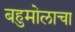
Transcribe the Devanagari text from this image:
बहुमोलाचा